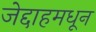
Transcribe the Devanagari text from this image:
जेद्दाहमधून